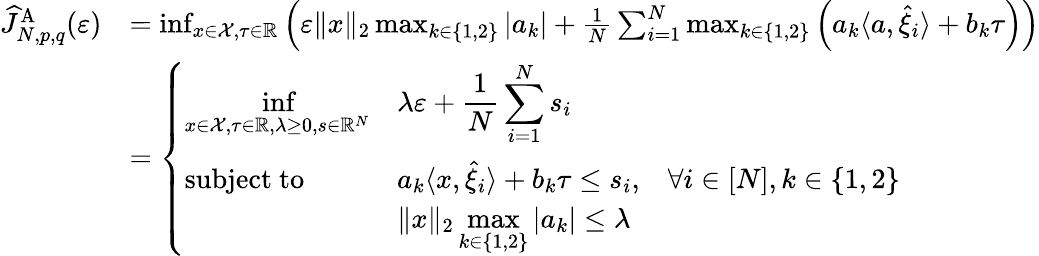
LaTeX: \begin{array}{rl}{\widehat{J}_{N,p,q}^{\mathrm{A}}(\varepsilon)}&{=\operatorname*{inf}_{x\in\mathcal{X},\tau\in\mathbb{R}}\left(\varepsilon\| x\| _{2}\operatorname*{max}_{k\in\{ 1,2\} }|a_{k}|+\frac{1}{N}\sum_{i=1}^{N}\operatorname*{max}_{k\in\{ 1,2\} }\left(a_{k}\langle a,\widehat{\xi}_{i}\rangle+b_{k}\tau\right)\right)}\\ &{=\left\{ \begin{array}{lll}{{\displaystyle\operatorname*{inf}_{x\in\mathcal{X},\tau\in\mathbb{R},\lambda\geq 0,s\in\mathbb{R}^{N}}}}&{{\displaystyle\lambda\varepsilon+\frac{1}{N}\sum_{i=1}^{N}s_{i}}}&\\ {\mathrm{subject~to}}&{{\displaystyle a_{k}\langle x,\widehat{\xi}_{i}\rangle+b_{k}\tau\leq s_{i},}}&{\forall i\in[N],k\in\{ 1,2\} }\\ &{{\displaystyle\| x\| _{2}\operatorname*{max}_{k\in\{ 1,2\} }|a_{k}|\leq\lambda}}&\end{array}\right.}\end{array}